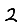
Digit: 2